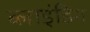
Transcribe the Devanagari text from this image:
ब्‍लाइंडिंग